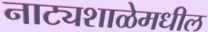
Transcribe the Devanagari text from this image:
नाट्यशाळेमधील